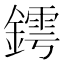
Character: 𨬆